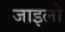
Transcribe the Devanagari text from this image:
जाइलो